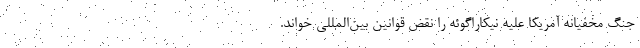
جنگ مخفیانه آمریکا علیه نیکاراگوئه را نقض قوانین بین‌المللی خواند.